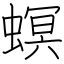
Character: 螟